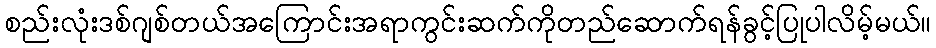
စည်းလုံးဒစ်ဂျစ်တယ်အကြောင်းအရာကွင်းဆက်ကိုတည်ဆောက်ရန်ခွင့်ပြုပါလိမ့်မယ်။